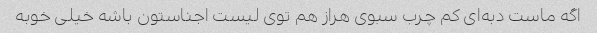
اگه ماست دبه‌ای کم چرب سبوی هراز هم توی لیست اجناستون باشه خیلی خوبه